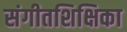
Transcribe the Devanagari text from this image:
संगीतशिक्षिका